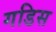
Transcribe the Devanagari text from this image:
गडिस